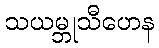
သယမ္ဘုသီဟေန